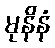
မုနိနံ